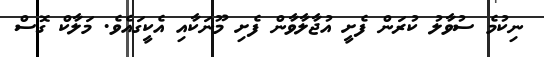
ނިކުމެ ސުވާލު ކުރަން ފެށީ އުޖާލާވާން ފެށި މޫނަކާއި އެކީގައެވެ. މަލާކް ގޮސް